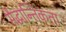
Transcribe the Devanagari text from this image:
सैद्धान्तिकता